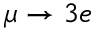
\mu \to 3 e